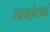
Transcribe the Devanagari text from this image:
सत्ताईसवां